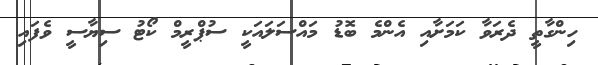
ހިންގާތީ ދެރަވާ ކަމަށާއި އެންމެ ބޮޑު މައްސަލައަކީ ސުޕްރީމް ކޯޓު ސިޔާސީ ވެފައި